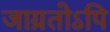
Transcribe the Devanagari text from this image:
जाग्रतोऽपि